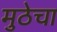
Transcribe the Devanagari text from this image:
मुठेचा